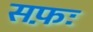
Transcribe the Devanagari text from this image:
सफ़ः